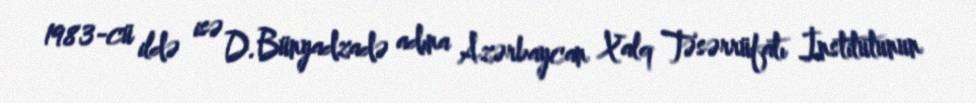
1983-cü ildə isə D.Bünyadzadə adına Azərbaycan Xalq Təsərrüfatı İnstitutunun